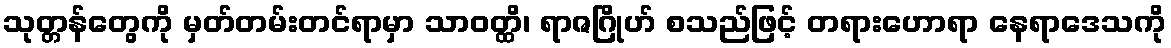
သုတ္တန်တွေကို မှတ်တမ်းတင်ရာမှာ သာဝတ္ထိ၊ ရာဇဂြိုဟ် စသည်ဖြင့် တရားဟောရာ နေရာဒေသကို